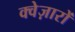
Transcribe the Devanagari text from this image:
क्वेज़ारों